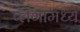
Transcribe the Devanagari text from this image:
प्लेगामध्ये